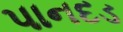
પાનદડ